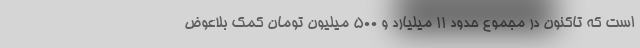
است که تاکنون در مجموع حدود ۱۱ میلیارد و ۵۰۰ میلیون تومان کمک بلاعوض